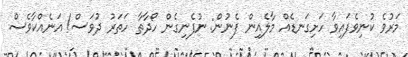
މަރުވެ ކުނިވެފައިވާ ހަށިގަނޑެއް މާލެއިން ފެނުން: ނުފެނިގެން ހޯދާތާ ހަތަރު ދުވަސް! އަނެއްކާވެސް